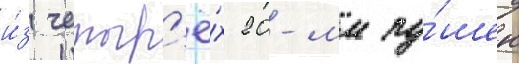
и́з четыр'ё́х 20-мм пу́шек